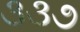
૩૩૭